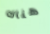
هناك